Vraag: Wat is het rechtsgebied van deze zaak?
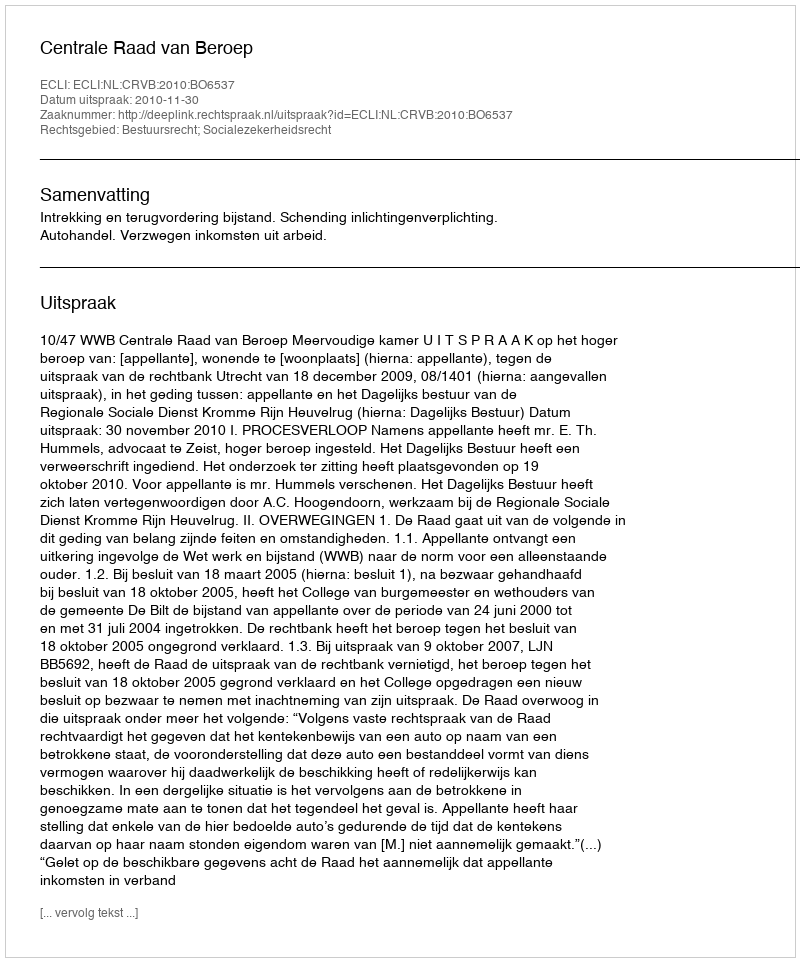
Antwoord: Bestuursrecht; Socialezekerheidsrecht